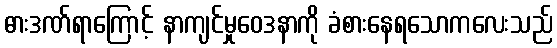
ဓားဒဏ်ရာကြောင့် နာကျင်မှုဝေဒနာကို ခံစားနေရသောကလေးသည်